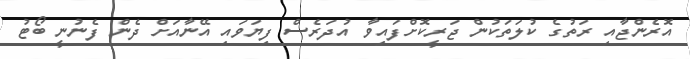
އޮރެންޖާއި ރަތުގެ ކުލަތަކުން ޖަރީކޮށްފައިވާ އުދަރެސް ފިޔަވައި އޭނާއަށް ދެން ފެނުނީ ބޯޓު